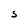
Character: S